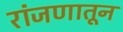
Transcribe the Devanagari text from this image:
रांजणातून